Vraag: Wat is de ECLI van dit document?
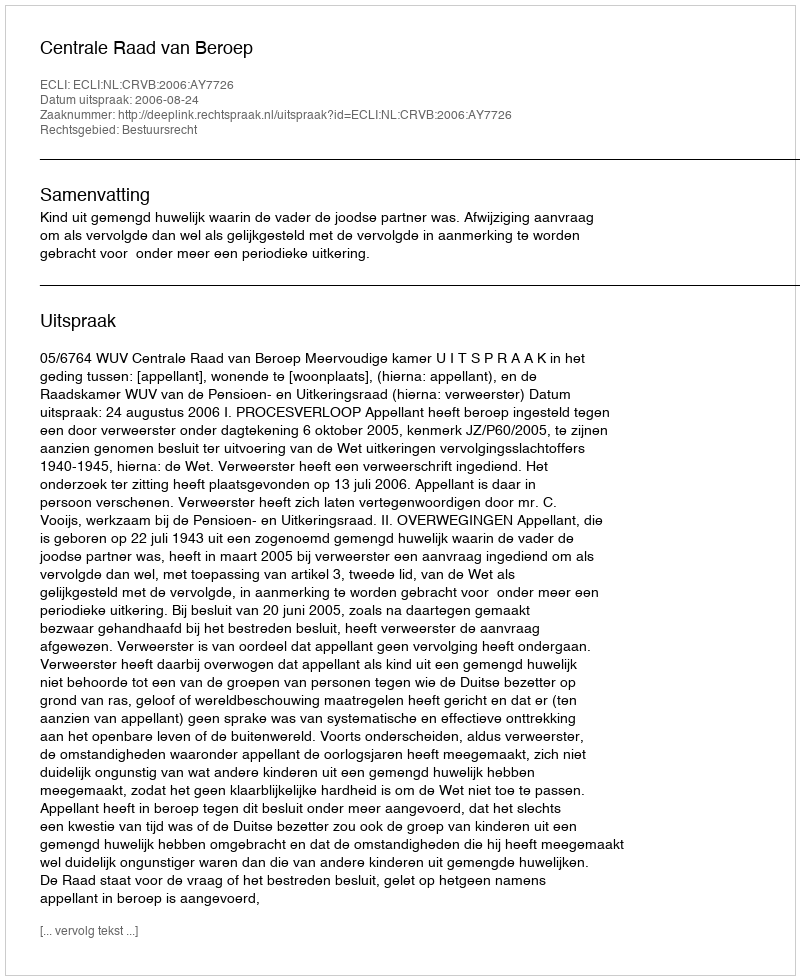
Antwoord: ECLI:NL:CRVB:2006:AY7726